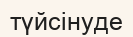
түйсінуде